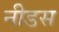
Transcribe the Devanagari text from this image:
नीडस